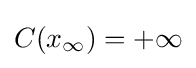
C(x_{\infty })=+\infty